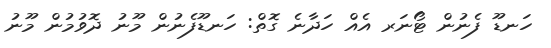
ހަނޑޫ ފެނުން ޓޯނަރ އެއް ހަދާނެ ގޮތް: ހަނޑޫފެނުން މޫނު ދޮވުމުން މޫނު